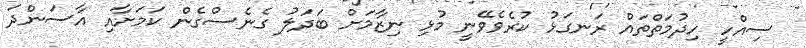
ސިއްހީ ހިދުމަތްތައް ރަނގަޅު ކުރެވެވޭނީ މުޅި ނިޒާމަށް ބަދަލު ގެނެސްގެން ކަމަށާއި އާސަންދަ